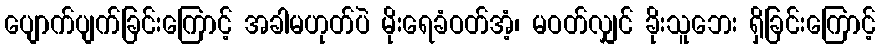
ပျောက်ပျက်ခြင်းကြောင့် အခါမဟုတ်ပဲ မိုးရေခံဝတ်အံ့၊ မဝတ်လျှင် ခိုးသူဘေး ရှိခြင်းကြောင့်